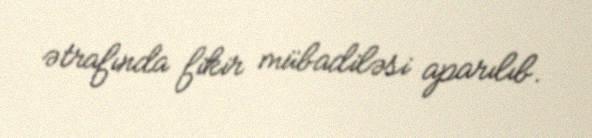
ətrafında fikir mübadiləsi aparılıb.